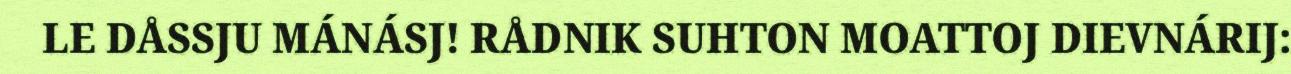
LE DÅSSJU MÁNÁSJ! RÅDNIK SUHTON MOATTOJ DIEVNÁRIJ: